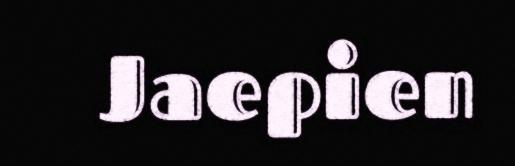
Jaepien